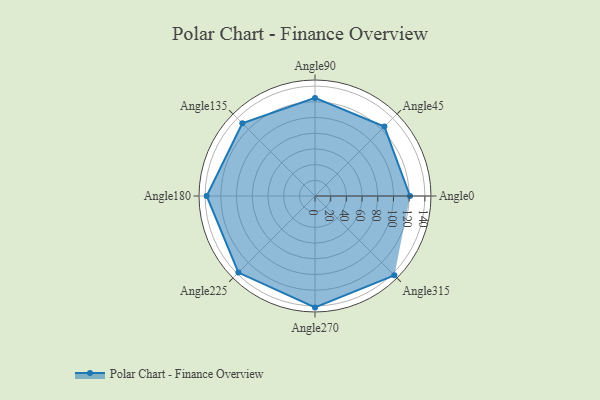
{"axis": {"x": "Angle", "y": "Radius"}, "legend": [""], "data": [{"x": "Angle0", "y": 121.0, "type": ""}, {"x": "Angle45", "y": 125.0, "type": ""}, {"x": "Angle90", "y": 125.0, "type": ""}, {"x": "Angle135", "y": 131.0, "type": ""}, {"x": "Angle180", "y": 138.0, "type": ""}, {"x": "Angle225", "y": 138.0, "type": ""}, {"x": "Angle270", "y": 142.0, "type": ""}, {"x": "Angle315", "y": 143.0, "type": ""}]}